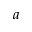
a